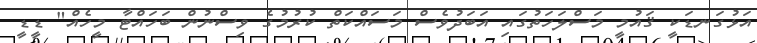
އަޅުގަނޑަކީ ޤައުމީ މަސްލަހަތުގައި އަބަދުވެސް މަސައްކަތް ކުރުމުގެ ވިސްނުން ބަހައްޓާ މީހެއް" ޑީޑީ